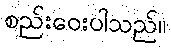
စည်းဝေးပါသည်။